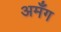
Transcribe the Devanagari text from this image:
अमँग